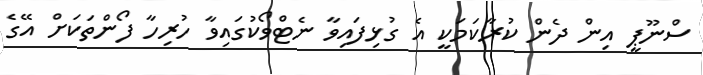
ސްނޫޕީ އިން ދެން ކުރާކަމަކީ އެ ގުޅިފައިވާ ނެޓްވޯކުގައިވާ ހުރިހާ ފޯންތަކަށް އޭގެ